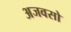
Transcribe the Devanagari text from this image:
अजवसो